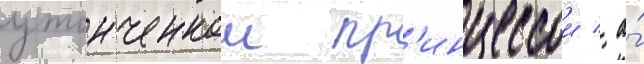
утонченнои пр'инцессои / а́